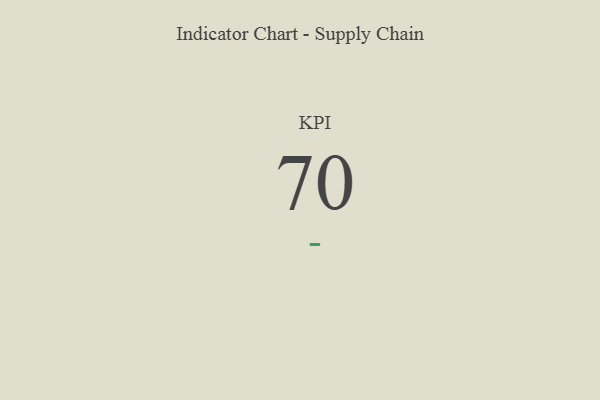
{"axis": {"x": "KPI", "y": "Value"}, "legend": [""], "data": [{"x": "KPI", "y": 70, "type": ""}]}